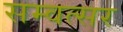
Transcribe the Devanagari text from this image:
सम्वत्सर